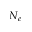
N _ { e }